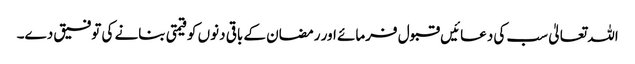
اللہ تعالیٰ سب کی دعائیں قبول فرمائے اور رمضان کے باقی دنوں کو قیمتی بنانے کی توفیق دے۔